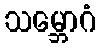
သမ္ဘောဂံ